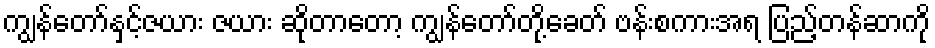
ကျွန်တော်နှင့်ဇယား ဇယား ဆိုတာတော့ ကျွန်တော်တို့ခေတ် ဗန်းစကားအရ ပြည့်တန်ဆာကို